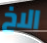
الاخ